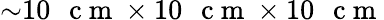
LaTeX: {\sim}10\mathrm{~\, ~c~m~}\times 10\mathrm{~\, ~c~m~}\times 10\mathrm{~\, ~c~m~}